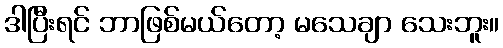
ဒါပြီးရင် ဘာဖြစ်မယ်တော့ မသေချာ သေးဘူး။